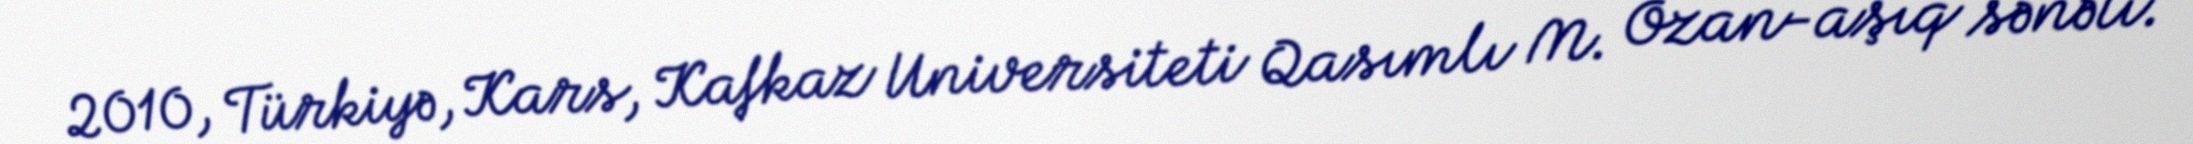
2010, Türkiyə, Kars, Kafkaz Universiteti Qasımlı M. Ozan-aşıq sənəti.